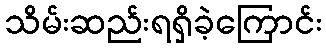
သိမ်းဆည်းရရှိခဲ့ကြောင်း